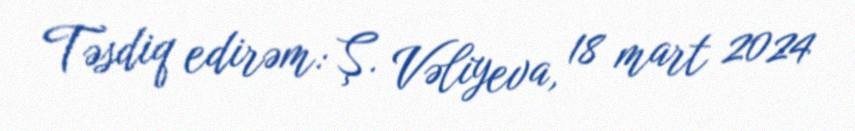
Təsdiq edirəm: Ş. Vəliyeva, 18 mart 2024